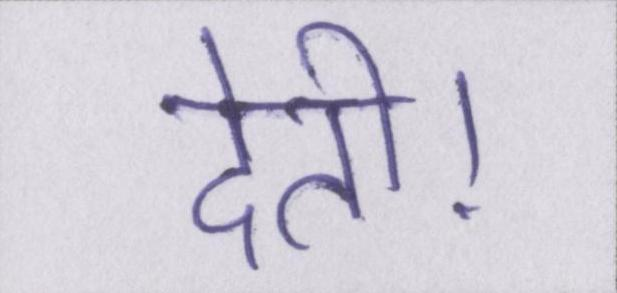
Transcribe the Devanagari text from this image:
देती।